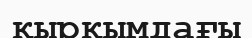
қырқымдағы